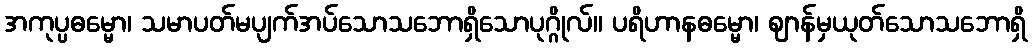
အကုပ္ပဓမ္မော၊ သမာပတ်မပျက်အပ်သောသဘောရှိသောပုဂ္ဂိုလ်။ ပရိဟာနဓမ္မော၊ ဈာန်မှယုတ်သောသဘောရှိ